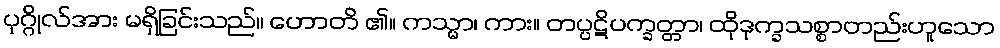
ပုဂ္ဂိုလ်အား မရှိခြင်းသည်။ ဟောတိ ၏။ ကသ္မာ၊ ကား။ တပ္ပဋိပက္ခတ္တာ၊ ထိုဒုက္ခသစ္စာတည်းဟူသော